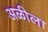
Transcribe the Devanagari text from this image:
अळीला